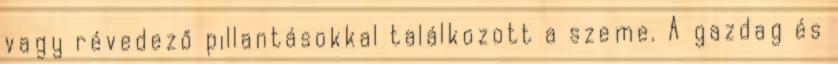
vagy révedező pillantásokkal találkozott a szeme. A gazdag és